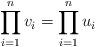
LaTeX: \begin{align*} \prod_{i=1}^n v_i = \prod_{i=1}^n u_i \end{align*}